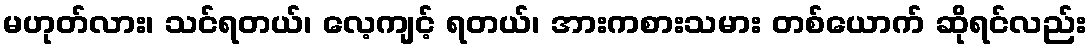
မဟုတ်လား၊ သင်ရတယ်၊ လေ့ကျင့် ရတယ်၊ အားကစားသမား တစ်ယောက် ဆိုရင်လည်း